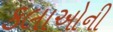
કલાઓની